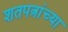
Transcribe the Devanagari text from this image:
शतपत्रांच्या